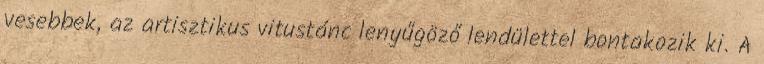
vesebbek, az artisztikus vitustánc lenyűgöző lendülettel bontakozik ki. A